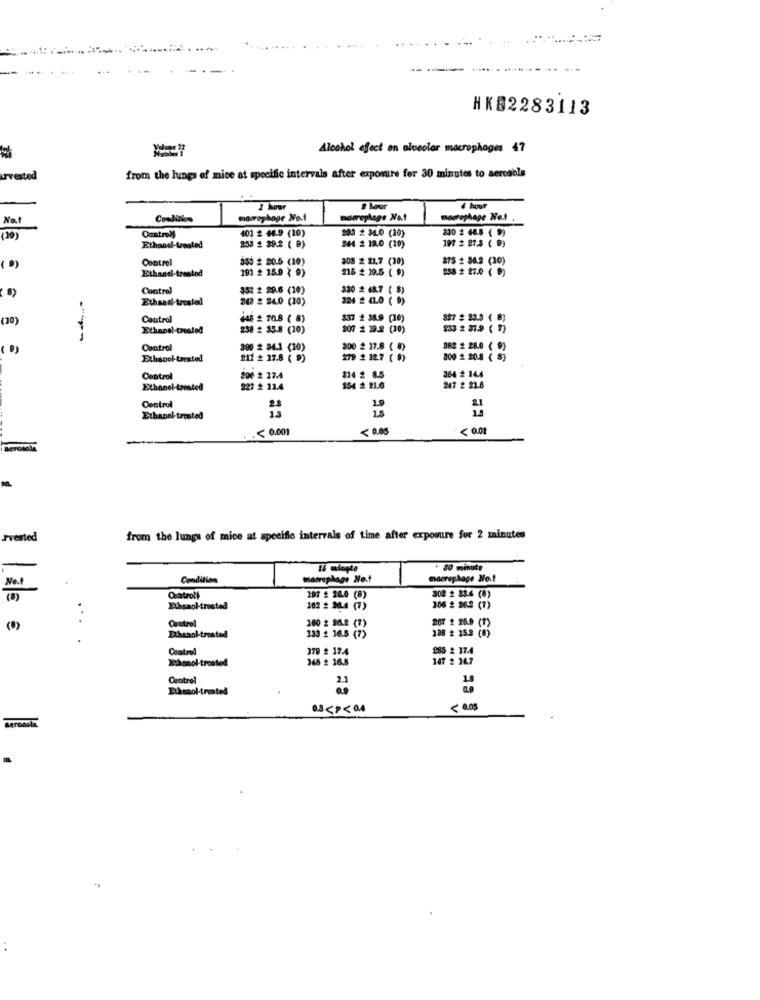
HK82283113
Alcohol effect on alveolar macrophages 47
urvested
from the lungs of mice at specific intervals after exposure for 30 minutes to aerosols
2 hour
# hour
4 hour
Na!
Condition
macrophage No.1
morroplage Nat
macrophage Net
Control
401 2 46.9 (10)
903 2 34.0 (20)
230 2 68.8 ( 9)
(20)
197 # 27.3 ( 9)
Ethandl-treated
253 2 39.2 ( 0)
244 2 19.0 (10)
Control
ást # 20.5 (10)
308 2 21.7 (30)
875 # 36.2 (20)
( 9)
Ethanel-treated
191 £ 15.9 ( 9)
216 2 39.5. ( 9)
258 2 27.0 ( 0)
Control
332 2 29.6 (10)
330 2 48.7 ( $)
Ethand-treated
248 2 24.0 (10)
324 2 4.0 ( 9)
(20)
Control
445 2 70.8 ( 8)
337 2 38.9 (10)
827 # 23.3 ( 8)
Ethanol-treated
238 : 35.8 (10)
907 19.2 (20)
233 2 37.9 ( 1)
----
Control
300 2 34.1 (10)
300 2 17.8 ( 8)
382 2 28.0 ( 9)
Ethanol treated
211 # 17.8 ( 9)
279 2 12.7 ( 9)
300 1 20.8 ( 8)
Control
800 2 37.4
214 2 8.5
364 2 14.4
Ethanol-treated
927 2 12.4
154 2 21.6
247 2 21.6
Control
Ethanol-treated
. .< 0.001
<0.05
<0.01
Jvested
from the lungs of mice at specifie intervals of time after expomure for 2 minutes
. 30 minut
No.4
Condition
macrophage No .!
macrophage Nos!
(8)
Controlt
197 2 20.0 (8)
302 2 83.4 (8)
Euhsaol-treated
102 2.30.4 (7)
306 2 26.2 (7)
Control
207 2 26.9 (1)
(8)
160 2 34.2 (7)
188 # 25.9 (8)
Exhanol-treated
133 1 16.5 (7)
Control
379 2 17.4
286 2 17.4
Schonol-treated
148 2 16.5
147 2 14.7
Centrel
2.1
1.8
Ethanol-treated
0.3<P<0.4